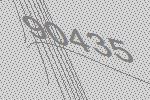
90435